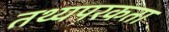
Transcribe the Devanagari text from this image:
तथ्यपरकता